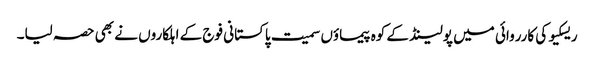
ریسکیو کی کارروائی میں پولینڈ کے کوہ پیماؤں سمیت پاکستانی فوج کے اہلکاروں نے بھی حصہ لیا۔